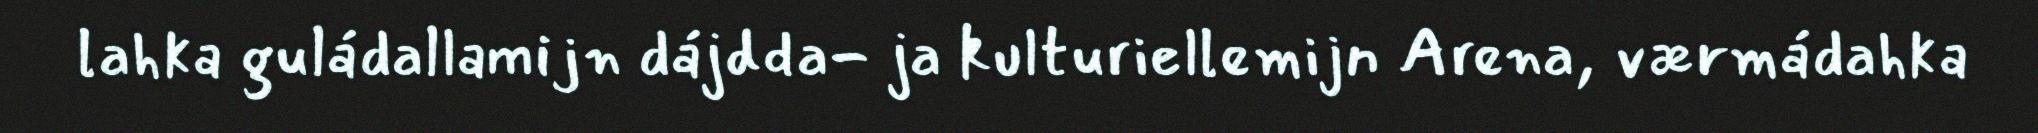
lahka guládallamijn dájdda- ja kulturiellemijn Arena, værmádahka